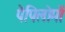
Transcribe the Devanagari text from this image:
पैपिलोमों